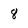
Character: 8